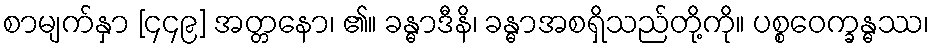
စာမျက်နှာ [၄၄၉] အတ္တနော၊ ၏။ ခန္ဓာဒီနိ၊ ခန္ဓာအစရှိသည်တို့ကို။ ပစ္စဝေက္ခန္ဓဿ၊